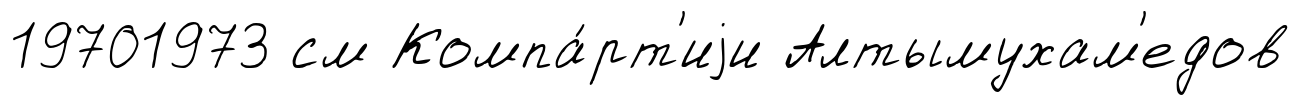
19701973 см Компа́рт'иjи Алтымухам'едов